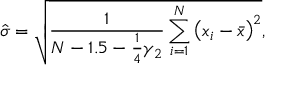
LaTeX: { \hat { \sigma } } = { \sqrt { { \frac { 1 } { N - 1 . 5 - { \frac { 1 } { 4 } } \gamma _ { 2 } } } \sum _ { i = 1 } ^ { N } \left( x _ { i } - { \bar { x } } \right) ^ { 2 } } } ,